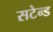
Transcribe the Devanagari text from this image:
सटेन्ड